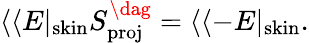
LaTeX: \langle\langle E|_{\mathrm{skin}}S_{\mathrm{proj}}^{\dag}=\langle\langle-E|_{\mathrm{skin}}.